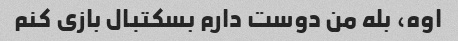
اوه، بله من دوست دارم بسکتبال بازی کنم